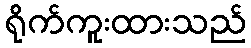
ရိုက်ကူးထားသည်